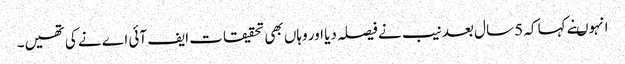
انہوںنے کہا کہ 5 سال بعد نیب نے فیصلہ دیا اور وہاں بھی تحقیقات ایف آئی اے نے کی تھیں۔